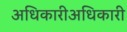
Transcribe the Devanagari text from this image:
अधिकारीअधिकारी